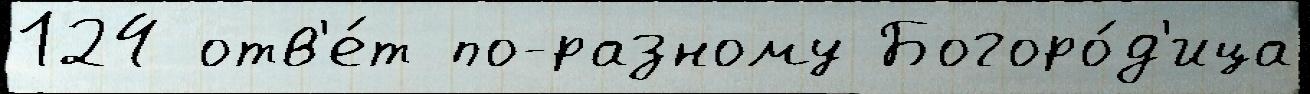
124 отв'е́т по-разному Богоро́д'ица